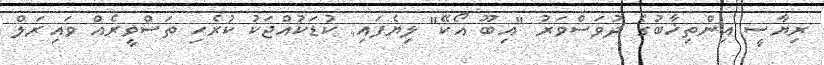
ރިޔާސީ އިންތިޚާބުގެ ދުވަސްވަރު "އިބޫ އޯކޭ" ލިޔެފައި